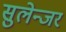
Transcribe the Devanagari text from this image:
सुलेन्जर